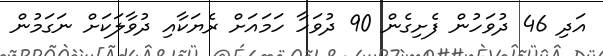
އަދި 46 ދުވަހުން ފެށިގެން 90 ދުވަހާ ހަމައަށް ރެޔަކާއި ދުވާލަކަށް ނަގަމުން